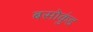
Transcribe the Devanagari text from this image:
बसोकुंड